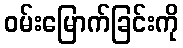
ဝမ်းမြောက်ခြင်းကို